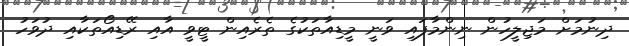
ދިނުމަށް މަޖިލީހުން ނިންމާފައި ވަނީ މީޑިއާތަކުގެ ތެރެއިން ޓީވީ އާއި ރޭޑިއޯތަކާއި ދުވަހު